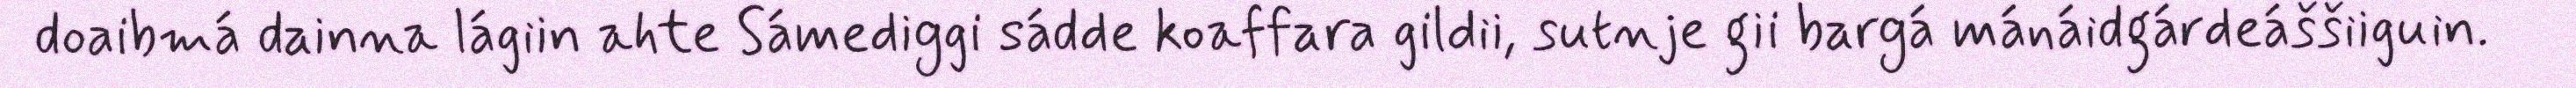
doaibmá dainna lágiin ahte Sámediggi sádde koaffara gildii, sutnje gii bargá mánáidgárdeáššiiguin.